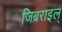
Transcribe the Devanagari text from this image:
जिब्रराइल्